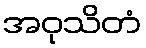
အဝုသိတံ